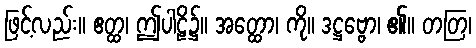
ဖြင့်လည်း။ ဧတ္ထ၊ ဤပါဠိ၌။ အတ္ထော၊ ကို။ ဒဋ္ဌဗ္ဗော၊ ၏။ တတြ၊